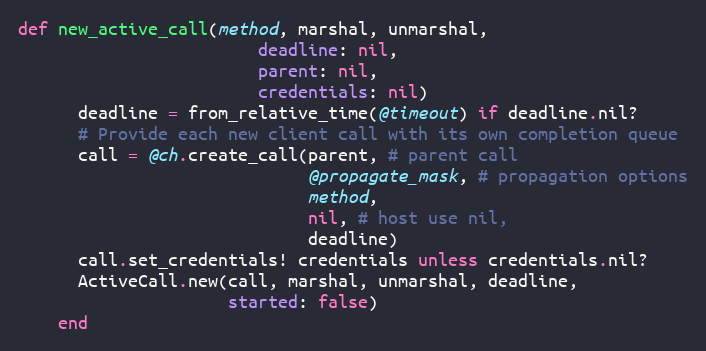
Language: Ruby
def new_active_call(method, marshal, unmarshal,
                        deadline: nil,
                        parent: nil,
                        credentials: nil)
      deadline = from_relative_time(@timeout) if deadline.nil?
      # Provide each new client call with its own completion queue
      call = @ch.create_call(parent, # parent call
                             @propagate_mask, # propagation options
                             method,
                             nil, # host use nil,
                             deadline)
      call.set_credentials! credentials unless credentials.nil?
      ActiveCall.new(call, marshal, unmarshal, deadline,
                     started: false)
    end